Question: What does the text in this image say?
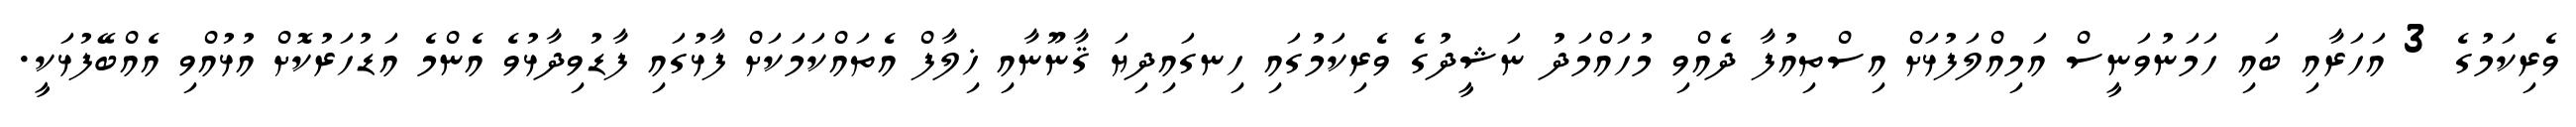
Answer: ވެރިކަމުގެ 3 އަހަރާއި ބައި ހަމަނުވަނީސް އަމިއްލަފުޅަށް އިސްތިއުފާ ދެއްވި މުހައްމަދު ނަޝީދުގެ ވެރިކަމުގައި ހިނގައިދިޔަ ޤާނޫނާއި ޚިލާފް އެތައްކަމަކަށް ފާޅުގައި ފާޑުވިދާޅުވެ އެންމެ އަޑުހަރުކޮށް އުޅުއްވި އެއްބޭފުޅަކީ.